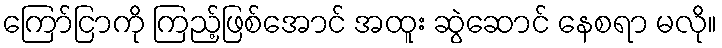
ကြော်ငြာကို ကြည့်ဖြစ်အောင် အထူး ဆွဲဆောင် နေစရာ မလို။